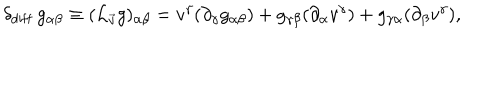
LaTeX: \delta _ { \mathrm { d i f f } } \, g _ { \alpha \beta } \equiv ( { \cal L } _ { \vec { v } } g ) _ { \alpha \beta } = v ^ { \gamma } ( \partial _ { \gamma } g _ { \alpha \beta } ) + g _ { \gamma \beta } ( \partial _ { \alpha } v ^ { \gamma } ) + g _ { \gamma \alpha } ( \partial _ { \beta } v ^ { \gamma } ) ,